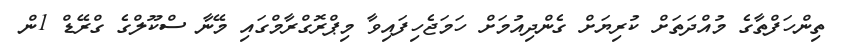
ތިންހަފްތާގެ މުއްދަތަށް ކުރިޔަށް ގެންދިއުމަށް ހަމަޖެހިފައިވާ މިޕްރޮގްރާމްގައި މޭނާ ސްކޫލްގެ ގްރޭޑް 1ން